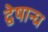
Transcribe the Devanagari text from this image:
द्वेषान्ध